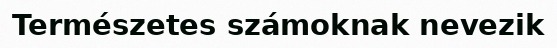
Természetes számoknak nevezik